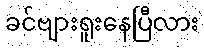
ခင်ဗျားရူးနေပြီလား